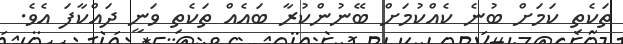
ތަކެތި ކަމަށް ބުނެ ކެއްކުމަށް ބޭނުންކުރާ ބައެއް ތަކެތި ވަނީ ދައްކާފަ އެވެ.